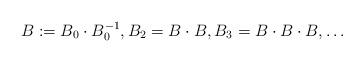
LaTeX: \begin{align*}B := B_0 \cdot B_0^{-1}, B_2 = B \cdot B, B_3 = B \cdot B\cdot B, \ldots\end{align*}